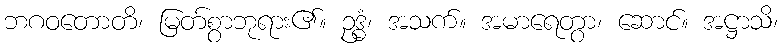
ဘဂဝတောတိ၊ မြတ်စွာဘုရား၏။ ဥဒ္ဓံ၊ အသက်။ အမာရေတွာ၊ ဆောင်။ အဋ္ဌာသိ၊